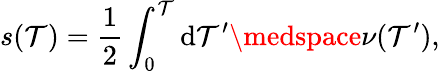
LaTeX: s(\mathcal{T})=\frac{{1}}{{2}}\int_{0}^{\mathcal{T}}\mathrm{{d}}\mathcal{T}^{\prime}\medspace\nu(\mathcal{T}^{\prime}),